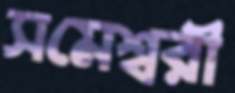
সমেশ্বরী